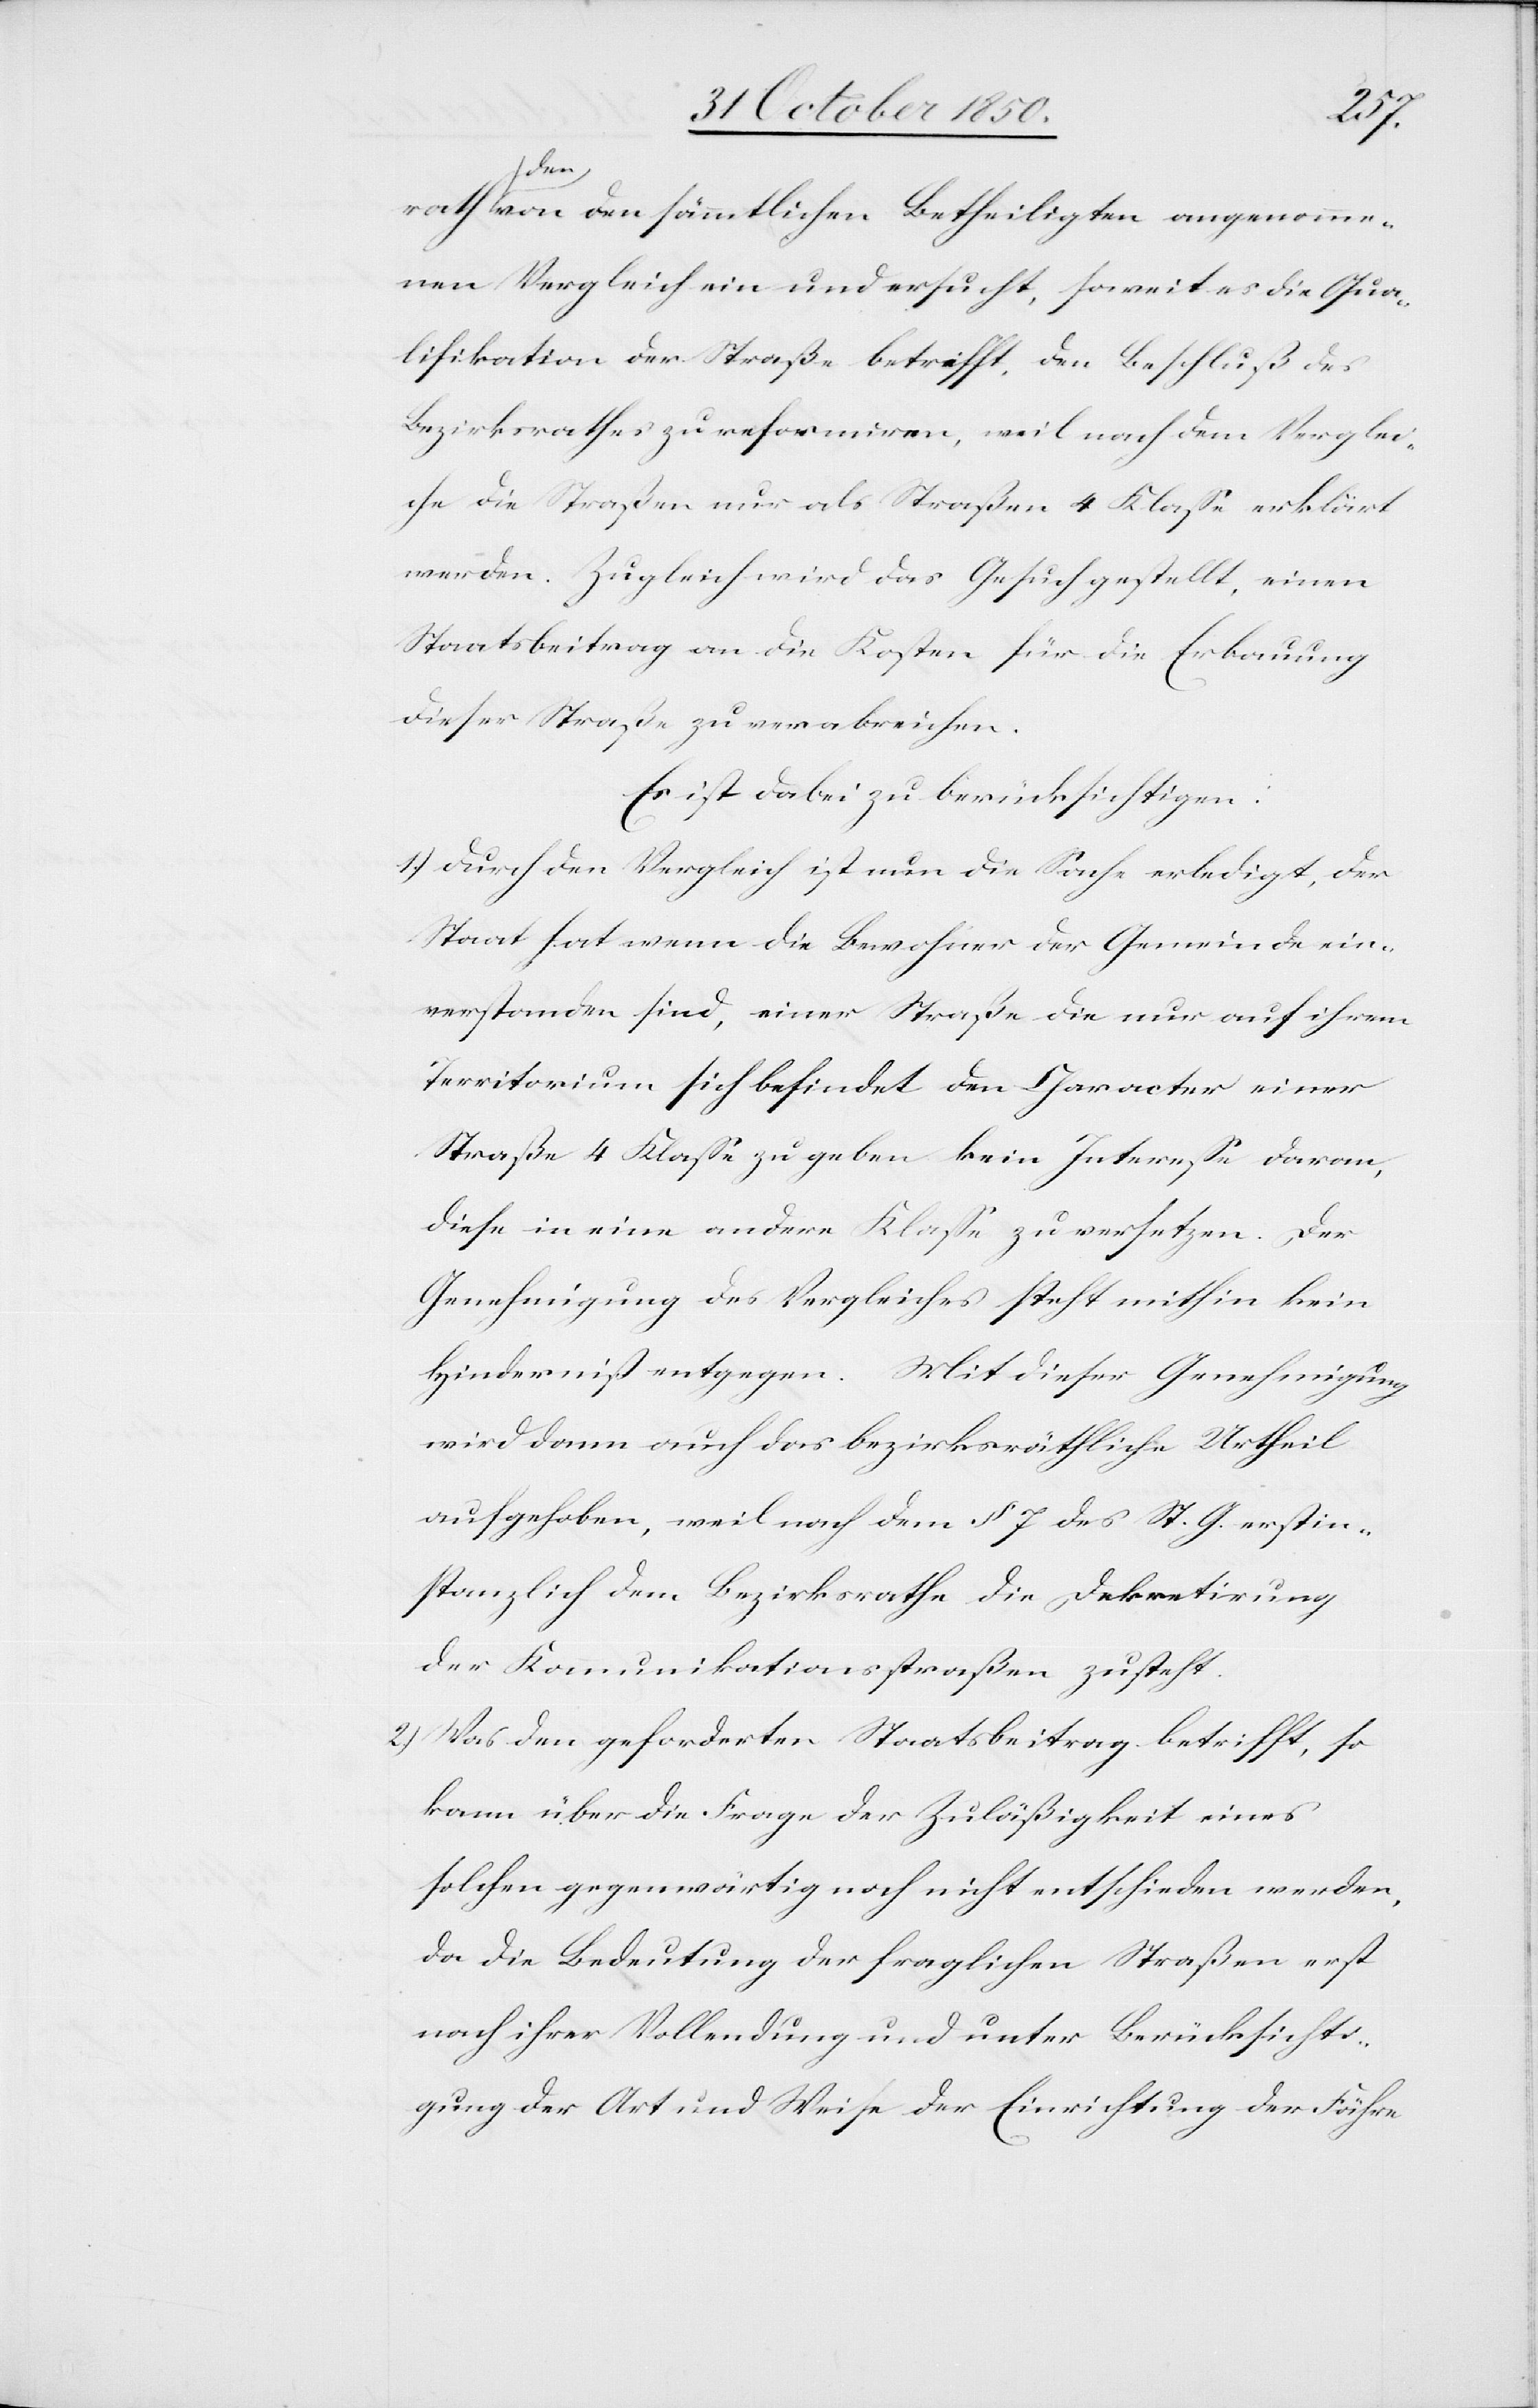
rath den von den sämmtlichen Betheiligten angenomme¬
nen Vergleich ein und ersucht, soweit es die Qua¬
lifikation der Straße betrifft, den Beschluß des
Bezirksraths zu reformiren, weil nach dem Verglei¬
che die Straßen nur als Straßen 4 Klasse erklärt
werden. Zugleich wird das Gesuch gestellt, einen
Staatsbeitrag an die Kosten für die Erbauung
dieser Straße zu verabreichen.
Es ist dabei zu berücksichtigen:
1.) durch den Vergleich ist nun die Sache erledigt, der
Staat hat wenn die Bewohner der Gemeinde ein¬
verstanden sind, einer Straße die nur auf ihrem
Territorium sich befindet den Character einer
Straße 4 Klasse zu geben kein Interesse daran,
diese in eine andere Klasse zu ersetzen. Der
Genehmigung des Vergleiches steht mithin kein
Hinderniss entgegen. Mit dieser Genehmigung
wird dann auch das bezirksräthliche Urtheil
aufgehoben, weil nach dem § 7 des St. G. erstin¬
stanzlich dem Bezirksrathe die Dekretirung
der Kommunikationsstraßen zusteht.
2) Was den geforderten Staatsbeitrag betrifft, so
kann über die Frage der Zuläßigkeit eines
solchen gegenwärtig noch nicht entschieden werden,
da die Bedeutung der fraglichen Straßen erst
nach ihrer Vollendung und unter Berücksichti¬
gung der Art und Weise der Einrichtung der Fähre